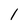
Character: 1